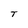
Character: T